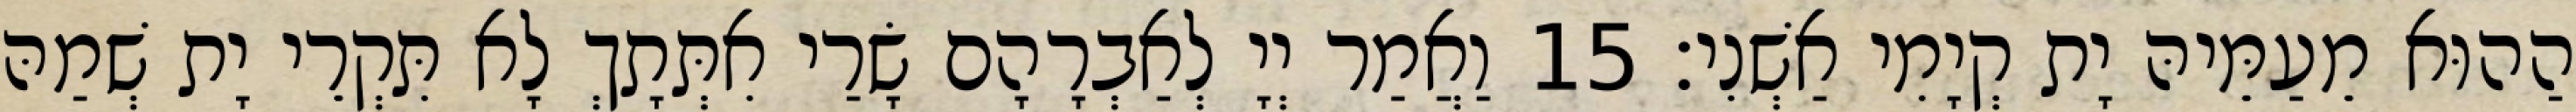
הַהוּא מֵעַמֵּיהּ יָת קְיָמִי אַשְׁנִי׃ 15 וַאֲמַר יְיָ לְאַבְרָהָם שָׂרַי אִתְּתָךְ לָא תִּקְרֵי יָת שְׁמַהּ